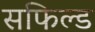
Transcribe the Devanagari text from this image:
सफिल्ड